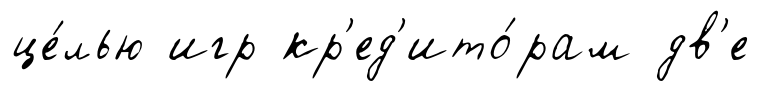
це́лью игр кр'ед'ито́рам дв'е